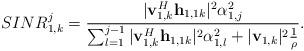
LaTeX: \begin{align*}&SINR^j_{1,k} = \frac{|\mathbf{v}_{1,k}^H\mathbf{h}_{1,1k} |^2 \alpha_{1,j}^2 }{ \sum^{j-1}_{l=1}|\mathbf{v}_{1,k}^H\mathbf{h}_{1,1k} |^2 \alpha_{1,l}^2 +|\mathbf{v}_{1,k}|^2\frac{1}{\rho}}.\end{align*}